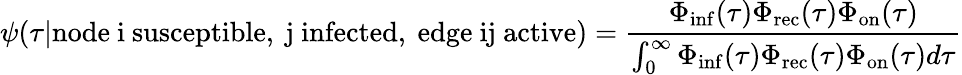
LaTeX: \psi(\tau|\mathrm{node~i~susceptible,~j~infected,~edge~ij~active})=\frac{\Phi_{\mathrm{inf}}(\tau)\Phi_{\mathrm{rec}}(\tau)\Phi_{\mathrm{on}}(\tau)}{\int_{0}^{\infty}\Phi_{\mathrm{inf}}(\tau)\Phi_{\mathrm{rec}}(\tau)\Phi_{\mathrm{on}}(\tau)d\tau}